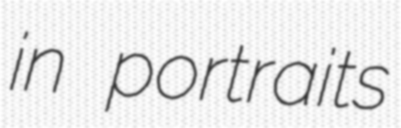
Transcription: in portraits